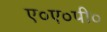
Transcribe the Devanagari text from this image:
ए०ए०पी०